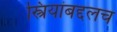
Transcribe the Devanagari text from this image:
स्त्रियांबद्दलच